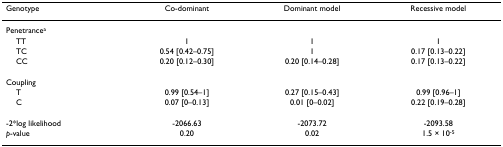
<table><thead><tr><td><b>Genotype</b></td><td><b>Co-dominant</b></td><td><b>Dominant model</b></td><td><b>Recessive model</b></td></tr></thead><tbody><tr><td>Penetrance<sup>a</sup></td><td></td><td></td><td></td></tr><tr><td> TT</td><td>1</td><td>1</td><td>1</td></tr><tr><td> TC</td><td>0.54 [0.42–0.75]</td><td>1</td><td>0.17 [0.13–0.22]</td></tr><tr><td> CC</td><td>0.20 [0.12–0.30]</td><td>0.20 [0.14–0.28]</td><td>0.17 [0.13–0.22]</td></tr><tr><td>Coupling</td><td></td><td></td><td></td></tr><tr><td> T</td><td>0.99 [0.54–1]</td><td>0.27 [0.15–0.43]</td><td>0.99 [0.96–1]</td></tr><tr><td> C</td><td>0.07 [0–0.13]</td><td>0.01 [0–0.02]</td><td>0.22 [0.19–0.28]</td></tr><tr><td>-2*log likelihood</td><td>-2066.63</td><td>-2073.72</td><td>-2093.58</td></tr><tr><td><i>p</i>-value</td><td>0.20</td><td>0.02</td><td>1.5 × 10<sup>-5</sup></td></tr></tbody></table>